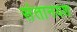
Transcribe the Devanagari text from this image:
संतानयश